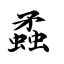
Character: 蟊